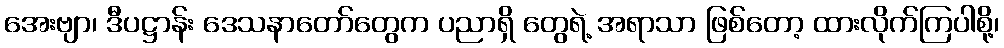
အေးဗျာ၊ ဒီပဋ္ဌာန်း ဒေသနာတော်တွေက ပညာရှိ တွေရဲ့ အရာသာ ဖြစ်တော့ ထားလိုက်ကြပါစို့၊